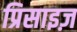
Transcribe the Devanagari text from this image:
प्रिसाइज़